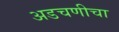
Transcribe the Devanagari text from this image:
अडचणीचा